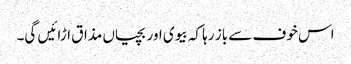
اس خوف سے باز رہا کہ بیوی اور بچیاں مذاق اڑائیں گی۔